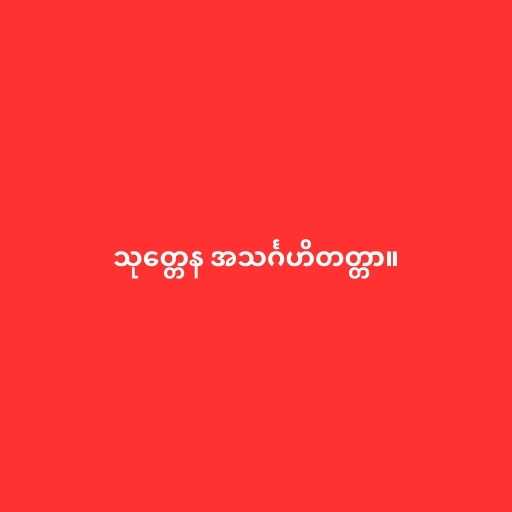
သုတ္တေန အသင်္ဂဟိတတ္တာ။